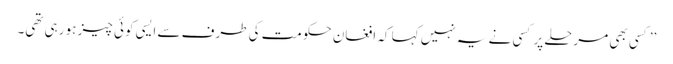
’’کسی بھی مرحلے پر کسی نے یہ نہیں کہا کہ افغان حکومت کی طرف سے ایسی کوئی چیز ہو رہی تھی۔